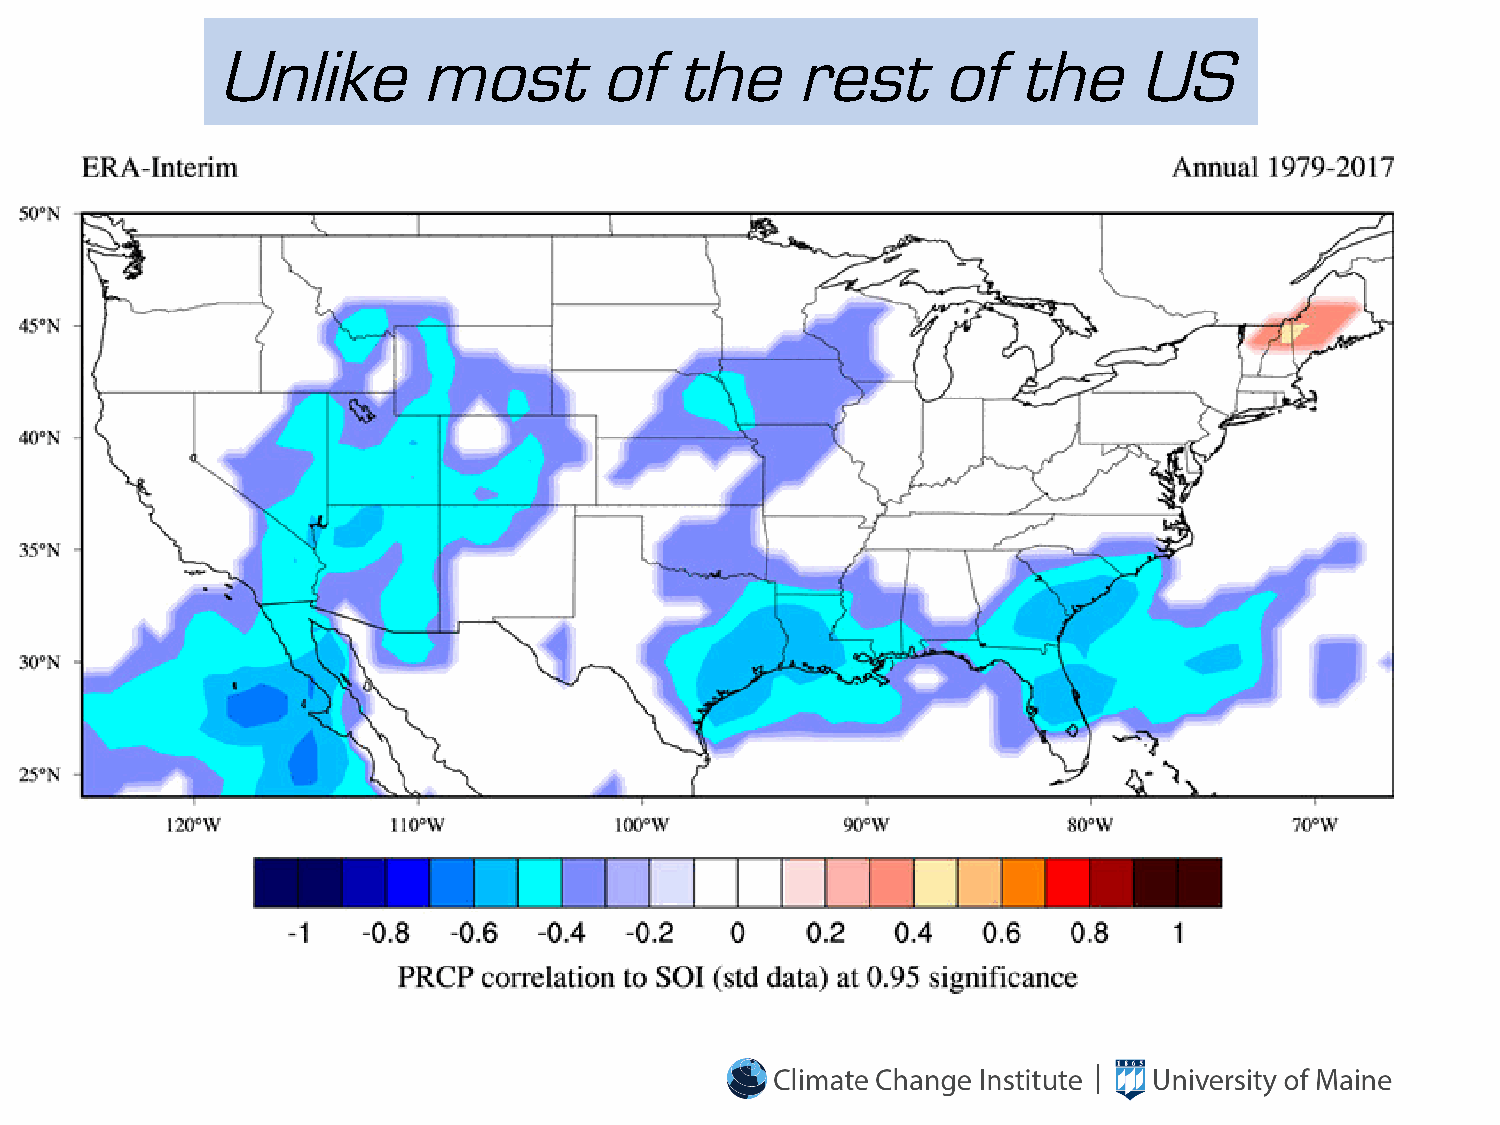
Unlike        most        of   the     rest     of   the     US